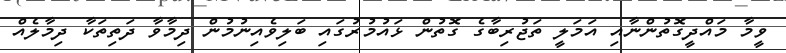
ވީމާ މައްދީގޮތުންނާއި އަމަލީ ތަޖުރިބާގެ ގޮތުން ޅައުމުރުގައި ބަލިވެއިނުމުން ދިމާވާ ދަތިތަކާ ދިމާލެއް